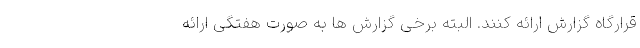
قرارگاه گزارش ارائه کنند. البته برخی گزارش ها به صورت هفتگی ارائه